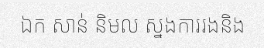
ឯក សាន់ និមល ស្នងការរងនិង